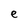
Character: e